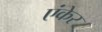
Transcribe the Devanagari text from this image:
एंकेर